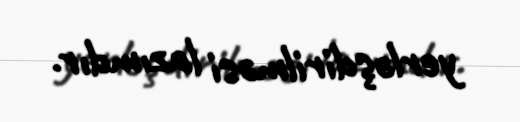
yerləşdirilməsi lazımdır.